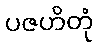
ပဇဟိတုံ